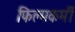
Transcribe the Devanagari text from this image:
फिल्मकर्मी